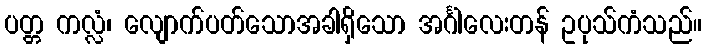
ပတ္တ ကလ္လံ၊ လျောက်ပတ်သောအခါရှိသော အင်္ဂါလေးတန် ဥပုသ်ကံသည်။